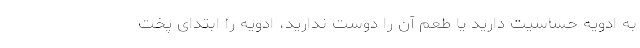
به ادویه حساسیت دارید یا طعم آن را دوست ندارید، ادویه را ابتدای پخت